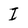
Character: I